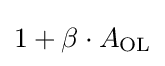
1+\beta \cdot A_{\text{OL}}